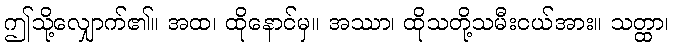
ဤသို့လျှောက်၏။ အထ၊ ထိုနောင်မှ။ အဿာ၊ ထိုသတို့သမီးငယ်အား။ သတ္ထာ၊